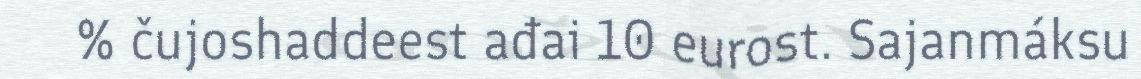
% čujoshaddeest ađai 10 eurost. Sajanmáksu